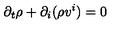
\partial _ { t } \rho + \partial _ { i } ( \rho v ^ { i } ) = 0